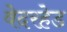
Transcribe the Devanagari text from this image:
वेदरहेड